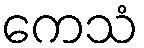
ကေသံ